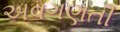
અવગણતી